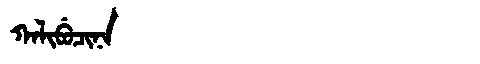
Manchu: ᡴᠠᠯᡳᠪᡠᠴᡳᠨᠠ
Romanization: KALIBUCINA